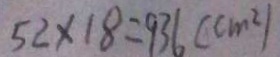
5 2 \times 1 8 = 9 3 6 ( c m ^ { 2 } )